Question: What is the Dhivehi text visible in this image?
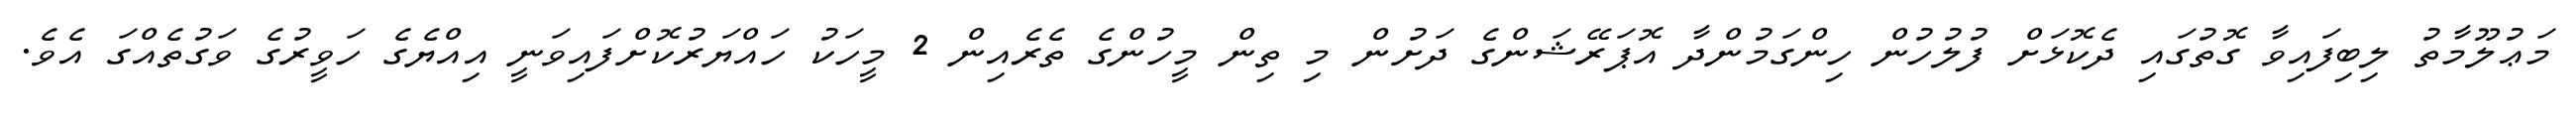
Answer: މަޢުލޫމާތު ލިބިފައިވާ ގޮތުގައި ދެކޮޅަށް ފުލުހުން ހިންގަމުންދާ އޮޕަރޭޝަންގެ ދަށުން މި ތިން މީހުންގެ ތެރެއިން 2 މީހަކު ހައްޔަރުކޮށްފައިވަނީ އިއްޔެގެ ހަވީރުގެ ވަގުތެއްގަ އެވެ.